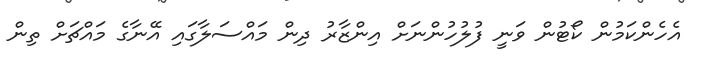
އެހެންކަމުން ކޯޓުން ވަނީ ފުލުހުންނަށް އިންޒާރު ދިން މައްސަލާގައި އޭނާގެ މައްޗަށް ތިން